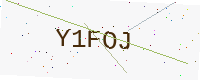
Text: Y1FOJ